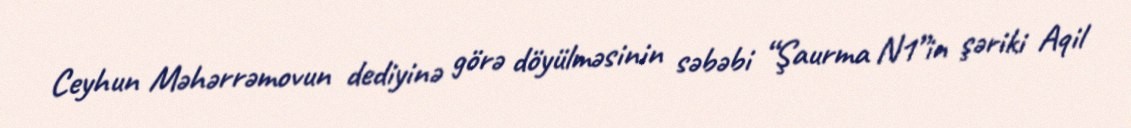
Ceyhun Məhərrəmovun dediyinə görə döyülməsinin səbəbi “Şaurma N1”in şəriki Aqil